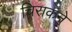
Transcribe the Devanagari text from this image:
चिराकने